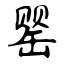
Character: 罂